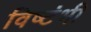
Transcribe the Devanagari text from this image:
विष्टंभी